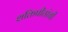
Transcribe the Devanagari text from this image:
शक्तिपीठांची